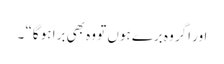
اور اگر وہ برے ہوں تو وہ بھی برا ہو گا“ ۔